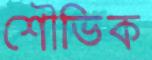
শৌভিক